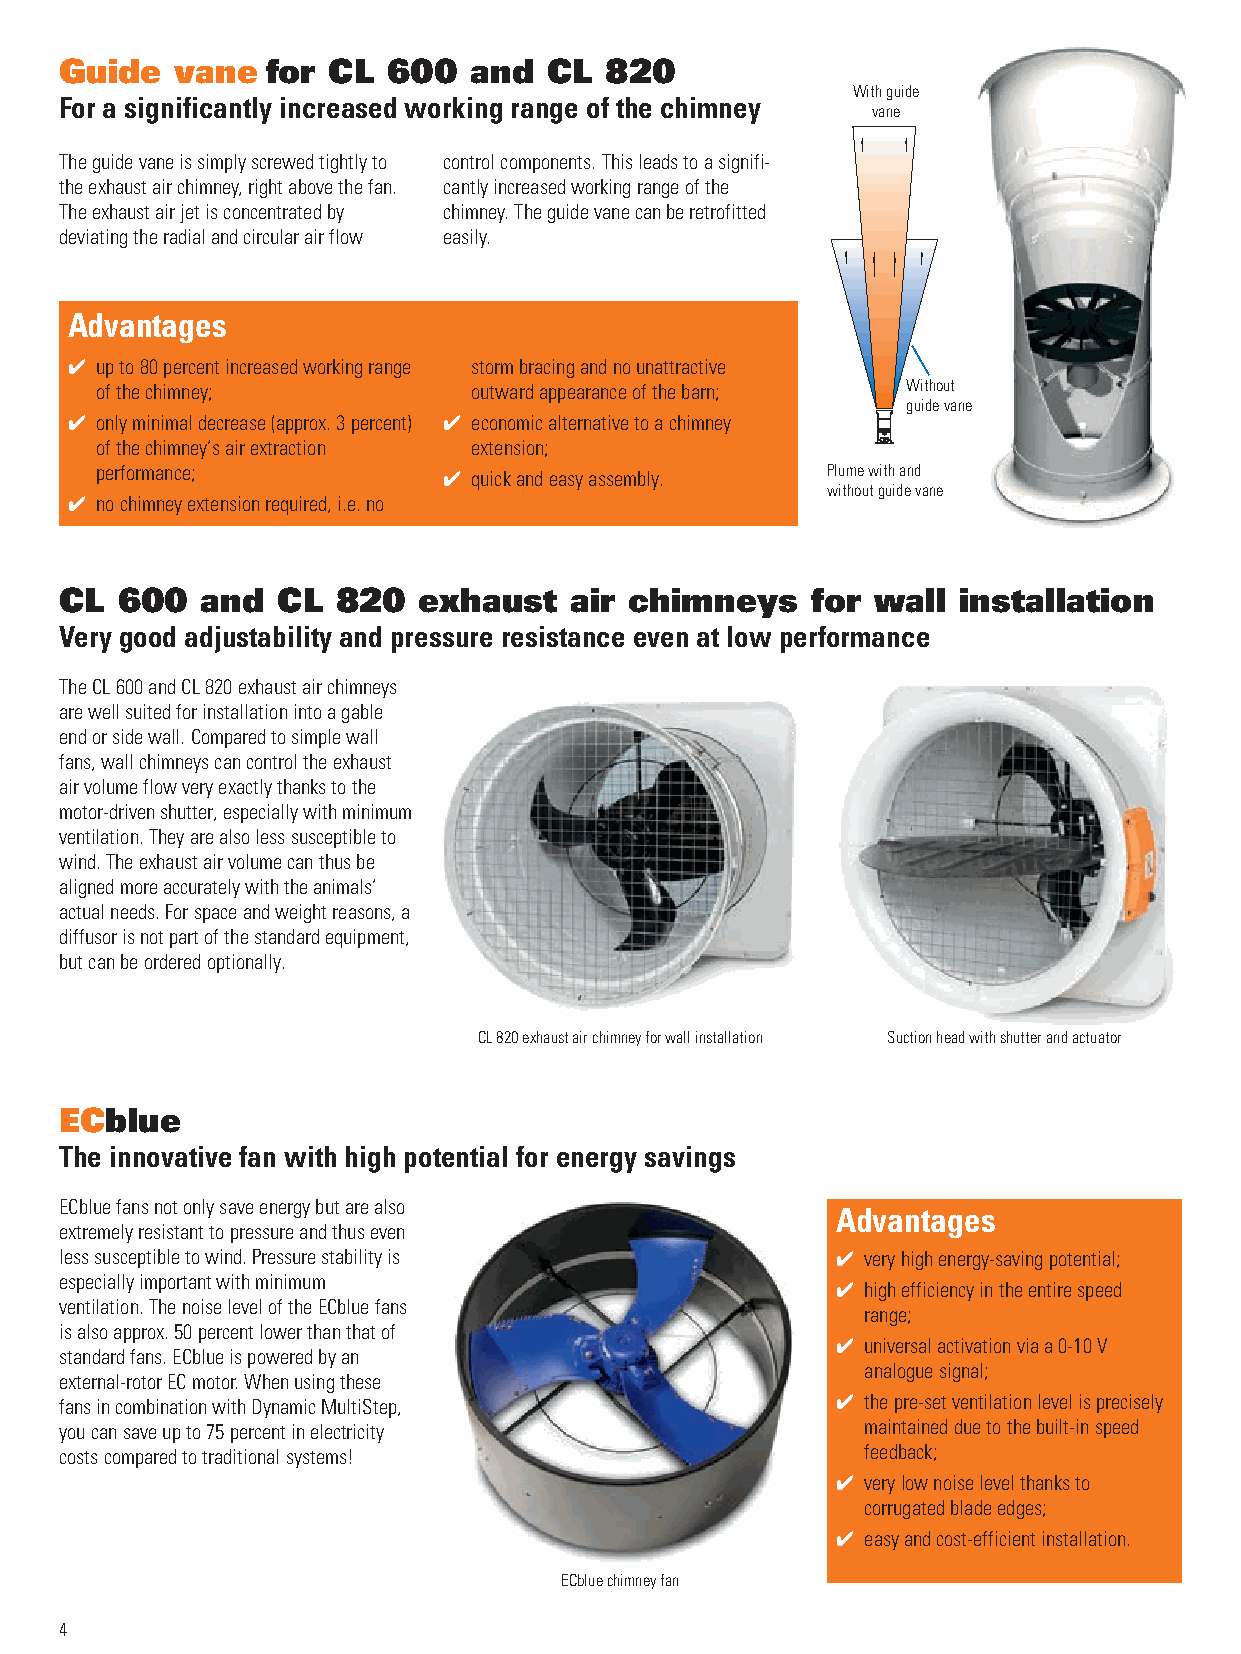
Guide   vane  for CL  600  and  CL  820
 With guide
 For a significantly increased working range of the chimney
 vane
 The guide vane is simply screwed tightly to control components. This leads to a signifi-
 the exhaust air chimney, right above the fan. cant ly increased working range of the
 The exhaust air jet is concentrated by chimney. The guide vane can be retrofitted
 deviating the radial and circular air flow easily.
 Advantages
 4 up to 80 percent increased working range storm bracing and no unattractive
 of the chimney;          outward appearance of the barn; Without
 guide vane
 4 only minimal decrease (approx. 3 percent) 4 economic alternative to a chimney
 of the chimney’s air extraction extension;
 performance;           4 quick and easy assembly. Plume with and
 without guide vane
 4 no chimney extension required, i.e. no
 CL  600  and  CL  820   exhaust   air chimneys    for wall installation
 Very good adjustability and pressure resistance even at low performance
 The CL 600 and CL 820 exhaust air chimneys
 are well suited for installation into a gable
 end or side wall. Compared to simple wall
 fans, wall chimneys can control the exhaust
 air volume flow very exactly thanks to the
 motor-driven shutter, especially with minimum
 ventilation. They are also less susceptible to
 wind. The exhaust air volume can thus be
 aligned more accurately with the animals’
 actual needs. For space and weight reasons, a
 diffusor is not part of the standard equipment,
 but can be ordered optionally.
 CL 820 exhaust air chimney for wall installation Suction head with shutter and actuator
 ECblue
 The innovative fan with high potential for energy savings
 ECblue fans not only save energy but are also
 Advantages
 extremely resistant to pressure and thus even
 less susceptible to wind. Pressure stability is    4 very high energy-saving potential;
 especially important with minimum                  4 high efficiency in the entire speed
 ventilation. The noise level of the ECblue fans
 range;
 is also approx. 50 percent lower than that of
 4 universal activation via a 0-10 V
 standard fans. ECblue is powered by an
 analogue signal;
 external-rotor EC motor. When using these
 fans in combination with Dynamic MultiStep,        4 the pre-set ventilation level is precisely
 you can save up to 75 percent in electricity         maintained due to the built-in speed
 costs compared to traditional systems!               feedback;
 4 very low noise level thanks to
 corrugated blade edges;
 4 easy and cost-efficient installation.
 ECblue chimney fan
 4